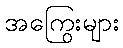
အကြွေးများ